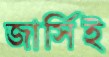
জার্সিই